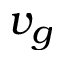
v _ { g }